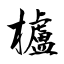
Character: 櫨